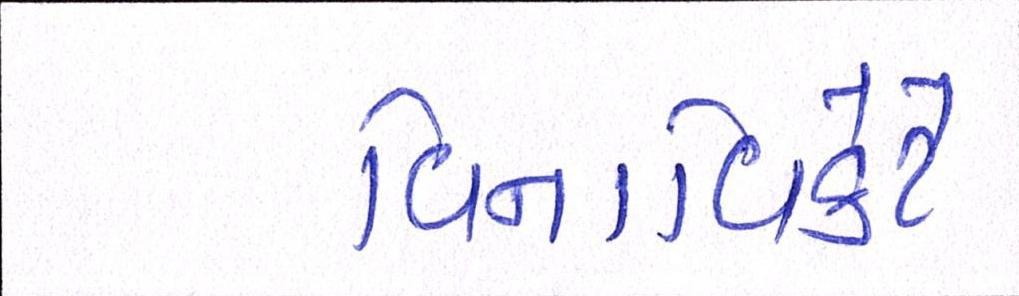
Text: વિનાવિકેટે